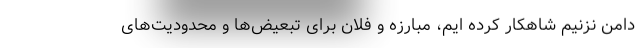
دامن نزنیم شاهکار کرده ایم، مبارزه و فلان برای تبعیض‌ها و محدودیت‌های